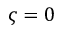
\varsigma = 0